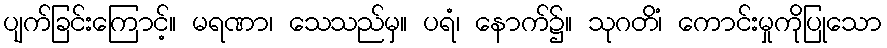
ပျက်ခြင်းကြောင့်။ မရဏာ၊ သေသည်မှ။ ပရံ၊ နောက်၌။ သုဂတိံ၊ ကောင်းမှုကိုပြုသော